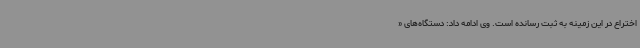
اختراع در این زمینه به ثبت رسانده است. وی ادامه داد: دستگاه‌های «